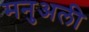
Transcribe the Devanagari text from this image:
मनुअली